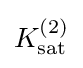
K_{\mathrm {sat} }^{(2)}